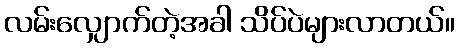
လမ်းလျှောက်တဲ့အခါ သိပ်ပဲများလာတယ်။